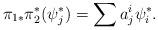
LaTeX: \begin{align*} \pi_{1*}\pi_2^*(\psi_j^*) = \sum a_j^i \psi_i^*. \end{align*}